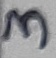
Text: 3